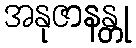
အနုဇာနန္တု